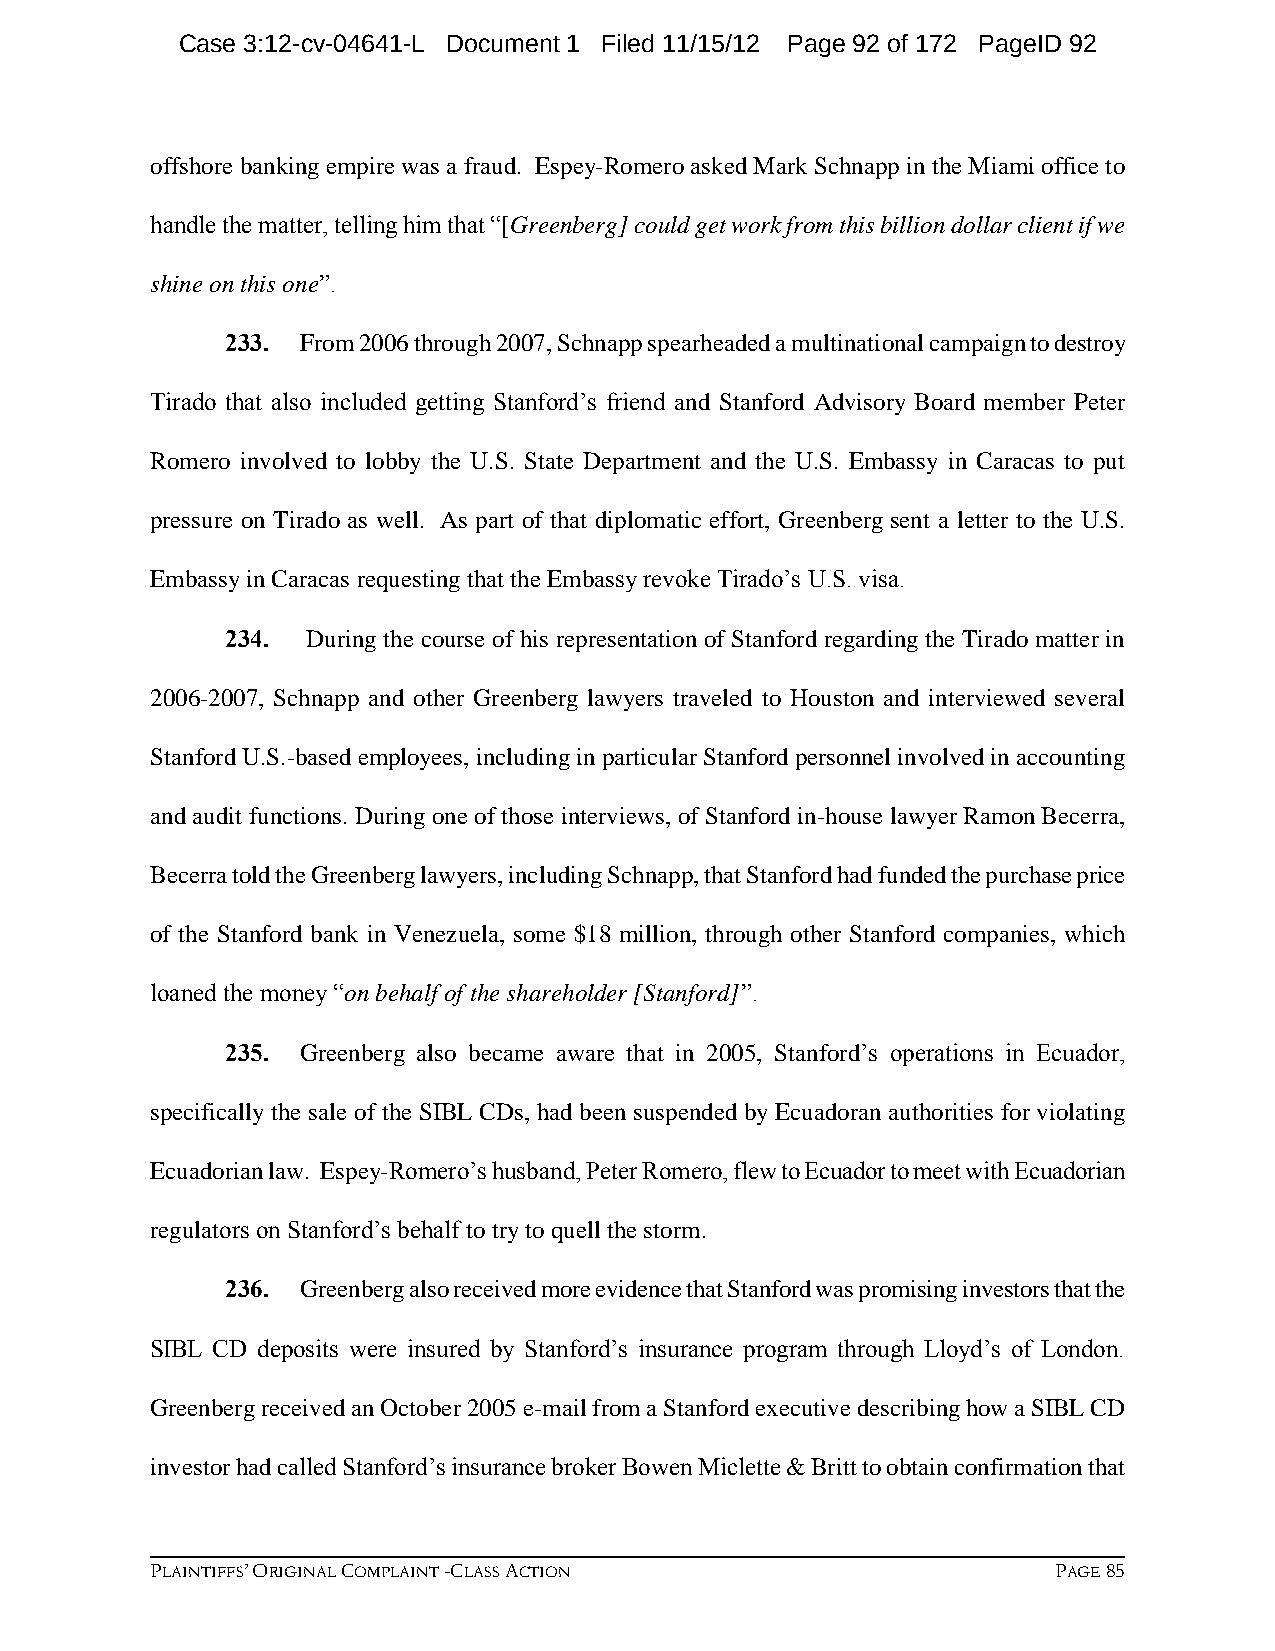
Case 3:12-cv-04641-L Document 1 Filed 11/15/12 Page 92 of 172 PageID 92
 offshore banking empire was a fraud. Espey-Romero asked Mark Schnapp in the Miami office to
 handle the matter, telling him that “[Greenberg] could get work from this billion dollar client if we
 shine on this one”.
 233. From 2006 through 2007, Schnapp spearheaded a multinational campaign to destroy
 Tirado that also included getting Stanford’s friend and Stanford Advisory Board member Peter
 Romero involved to lobby the U.S. State Department and the U.S. Embassy in Caracas to put
 pressure on Tirado as well. As part of that diplomatic effort, Greenberg sent a letter to the U.S.
 Embassy in Caracas requesting that the Embassy revoke Tirado’s U.S. visa.
 234. During the course of his representation of Stanford regarding the Tirado matter in
 2006-2007, Schnapp and other Greenberg lawyers traveled to Houston and interviewed several
 Stanford U.S.-based employees, including in particular Stanford personnel involved in accounting
 and audit functions. During one of those interviews, of Stanford in-house lawyer Ramon Becerra,
 Becerra told the Greenberg lawyers, including Schnapp, that Stanford had funded the purchase price
 of the Stanford bank in Venezuela, some $18 million, through other Stanford companies, which
 loaned the money “on behalf of the shareholder [Stanford]”.
 235. Greenberg also became aware that in 2005, Stanford’s operations in Ecuador,
 specifically the sale of the SIBL CDs, had been suspended by Ecuadoran authorities for violating
 Ecuadorian law. Espey-Romero’s husband, Peter Romero, flew to Ecuador to meet with Ecuadorian
 regulators on Stanford’s behalf to try to quell the storm.
 236. Greenberg also received more evidence that Stanford was promising investors that the
 SIBL CD deposits were insured by Stanford’s insurance program through Lloyd’s of London.
 Greenberg received an October 2005 e-mail from a Stanford executive describing how a SIBL CD
 investor had called Stanford’s insurance broker Bowen Miclette & Britt to obtain confirmation that
 PLAINTIFFS’ ORIGINAL COMPLAINT -CLASS ACTION                PAGE 85